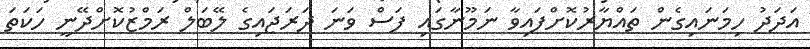
އަދަދު ހިމަނައިގެން ތައްޔާރުކޮށްފައިވާ ނަމޫނާގައި ފަސް ވަނަ ދަރަޖައިގެ ލޭބަލް ރަމްޒުކޮށްދޭނީ ހަކަތަ